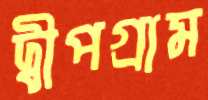
দ্বীপগ্রাম